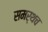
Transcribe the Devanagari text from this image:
समर्थच